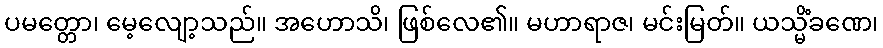
ပမတ္တော၊ မေ့လျော့သည်။ အဟောသိ၊ ဖြစ်လေ၏။ မဟာရာဇ၊ မင်းမြတ်။ ယသ္မိံခဏေ၊